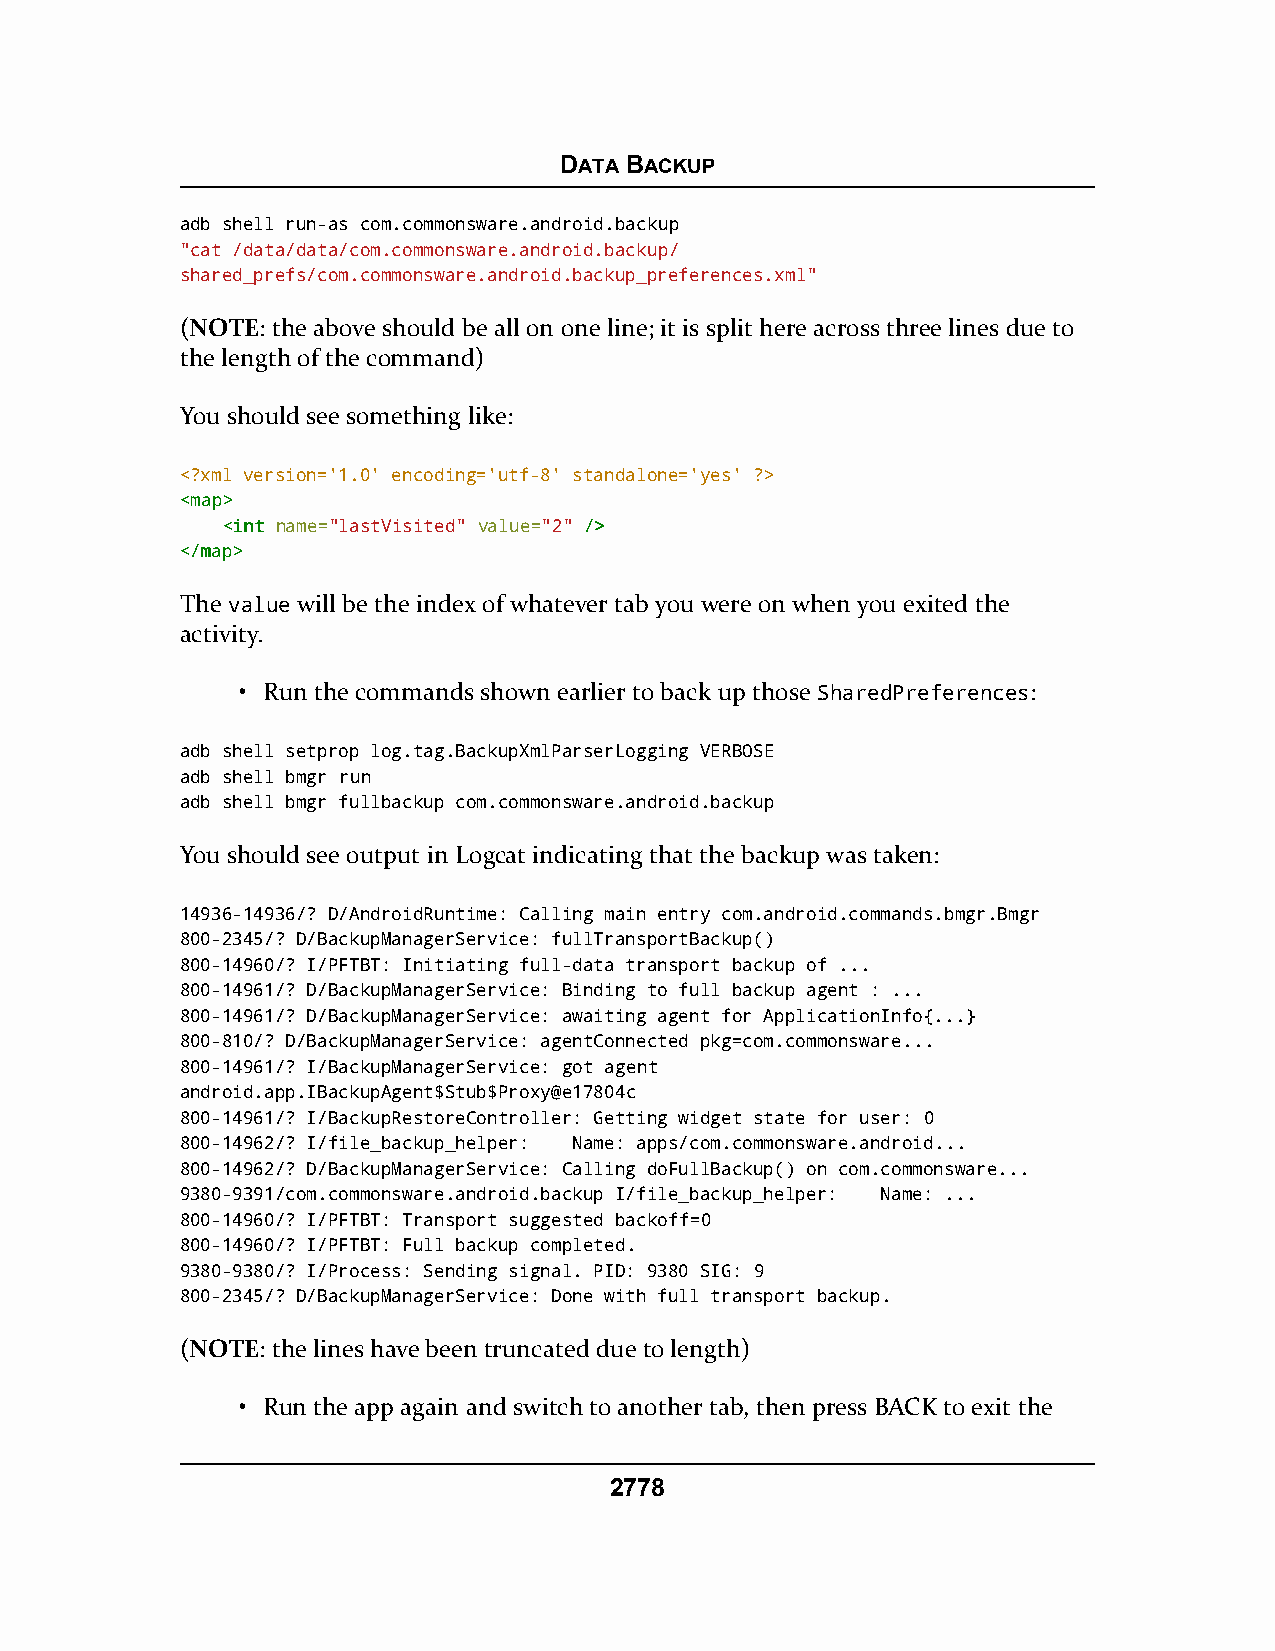
DATA BACKUP
 adb shell run-as com.commonsware.android.backup
 "cat /data/data/com.commonsware.android.backup/
 shared_prefs/com.commonsware.android.backup_preferences.xml"
 (NOTE: the above should be all on one line; it is split here across three lines due to
 the length of the command)
 You should see something like:
 <?xml version='1.0' encoding='utf-8' standalone='yes' ?>
 <<mmaapp>>
 <<iinntt name="lastVisited" value="2" //>>
 <<//mmaapp>>
 The value will be the index of whatever tab you were on when you exited the
 activity.
 • Run the commands shown earlier to back up those SharedPreferences:
 adb shell setprop log.tag.BackupXmlParserLogging VERBOSE
 adb shell bmgr run
 adb shell bmgr fullbackup com.commonsware.android.backup
 You should see output in Logcat indicating that the backup was taken:
 14936-14936/? D/AndroidRuntime: Calling main entry com.android.commands.bmgr.Bmgr
 800-2345/? D/BackupManagerService: fullTransportBackup()
 800-14960/? I/PFTBT: Initiating full-data transport backup of ...
 800-14961/? D/BackupManagerService: Binding to full backup agent : ...
 800-14961/? D/BackupManagerService: awaiting agent for ApplicationInfo{...}
 800-810/? D/BackupManagerService: agentConnected pkg=com.commonsware...
 800-14961/? I/BackupManagerService: got agent
 android.app.IBackupAgent$Stub$Proxy@e17804c
 800-14961/? I/BackupRestoreController: Getting widget state for user: 0
 800-14962/? I/file_backup_helper: Name: apps/com.commonsware.android...
 800-14962/? D/BackupManagerService: Calling doFullBackup() on com.commonsware...
 9380-9391/com.commonsware.android.backup I/file_backup_helper: Name: ...
 800-14960/? I/PFTBT: Transport suggested backoff=0
 800-14960/? I/PFTBT: Full backup completed.
 9380-9380/? I/Process: Sending signal. PID: 9380 SIG: 9
 800-2345/? D/BackupManagerService: Done with full transport backup.
 (NOTE: the lines have been truncated due to length)
 • Run the app again and switch to another tab, then press BACK to exit the
 2778